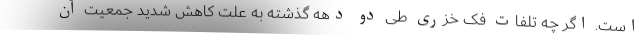
است. اگر چه تلفات فک خزری طی دو دهه گذشته به علت کاهش شدید جمعیت آن